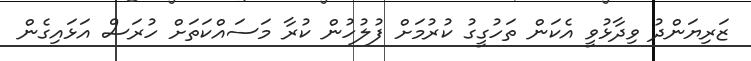
ޒަރިޔަންދު ވިދާޅުވީ އެކަން ތަހުގީގު ކުރުމަށް ފުލުހުން ކުރާ މަސައްކަތަށް ހުރަސް އަޅައިގެން